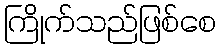
ကြိုက်သည်ဖြစ်စေ